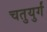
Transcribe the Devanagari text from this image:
चतुयुर्गं